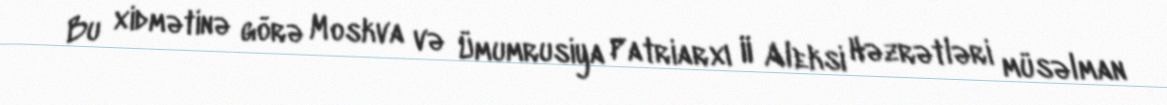
Bu xidmətinə görə Moskva və Ümumrusiya Patriarxı II Aleksi Həzrətləri müsəlman